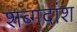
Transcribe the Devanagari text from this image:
शब्गदांश